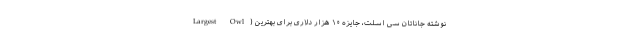
Largest Owl) نوشته جاناتان سی اسلت، جایزه ۱۰ هزار دلاری برای بهترین